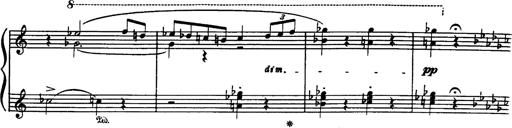
Title: Danza sacra e duetto finale dâ€™Aida
Composer: Franz Liszt